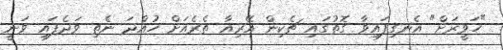
"ހަވީރަށް" އެނގިފައިވާ ގޮތުގައި ޗެކިން އޭރިއާ ތެރެއަށް ހުއްދަ ނެތި ވަދެފައި ވަނީ